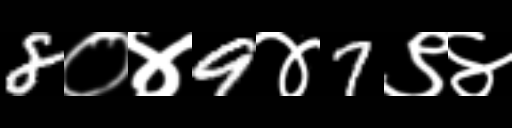
Text: 8०४9४7९४